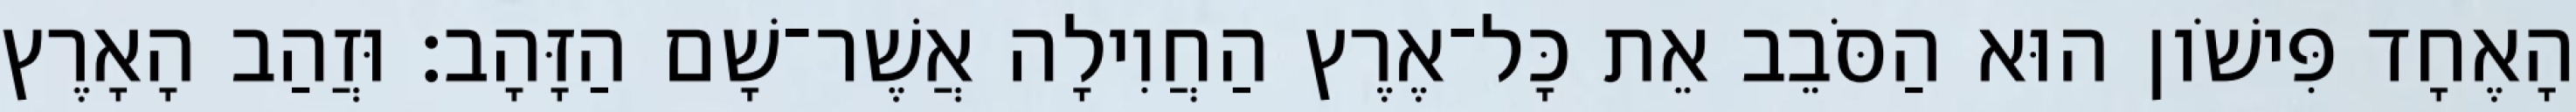
הָאֶחָד פִּישֹׁון הוּא הַסֹּבֵב אֵת כָּל־אֶרֶץ הַחֲוִילָה אֲשֶׁר־שָׁם הַזָּהָב׃ וּזֲהַב הָאָרֶץ